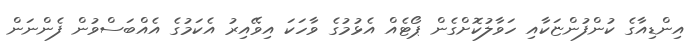
އިންޑިއާގެ ކުންފުންޏަކާއި ހަވާލުކޮށްގެން ޕޯޓެއް އެޅުމުގެ ވާހަކަ އިވޭއިރު އެކަމުގެ އެއްބަސްވުން ފެންނަން